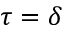
\tau = \delta